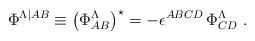
LaTeX: \begin{align*}\Phi^{\Lambda\vert{AB}} \equiv \left( \Phi^\Lambda_{AB}\right) ^\star = - \epsilon^{ABCD} \, \Phi^\Lambda_{CD}~.\end{align*}